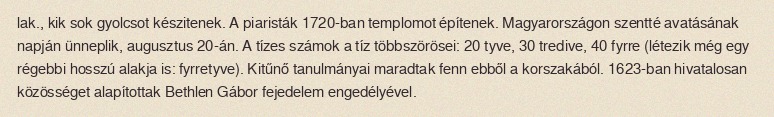
lak., kik sok gyolcsot készitenek. A piaristák 1720-ban templomot építenek. Magyarországon szentté avatásának napján ünneplik, augusztus 20-án. A tízes számok a tíz többszörösei: 20 tyve, 30 tredive, 40 fyrre (létezik még egy régebbi hosszú alakja is: fyrretyve). Kitűnő tanulmányai maradtak fenn ebből a korszakából. 1623-ban hivatalosan közösséget alapítottak Bethlen Gábor fejedelem engedélyével.